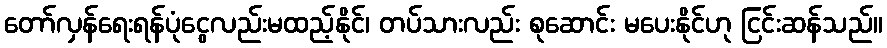
တော်လှန်ရေးရန်ပုံငွေလည်းမထည့်နိုင်၊ တပ်သားလည်း စုဆောင်း မပေးနိုင်ဟု ငြင်းဆန်သည်။